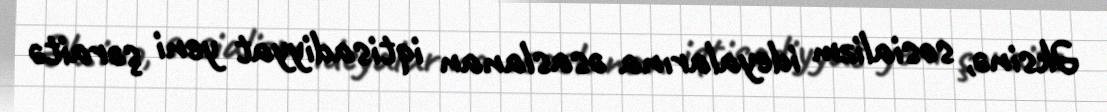
Əksinə, sosializm ideyalarına əsaslanan iqtisadiyyat yeni şəraitə